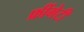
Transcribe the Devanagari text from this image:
फ्रींगेटी